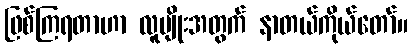
ဖြစ်ကြရတာဟာ လူမျိုးအတွက် နာတယ်ကိုယ်တော်။